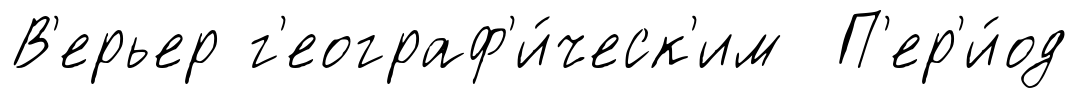
В'ерьер г'еограф'и́ческ'им П'ер'и́од